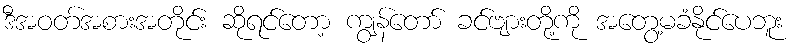
ဒီအဝတ်အစားအတိုင်း ဆိုရင်တော့ ကျွန်တော် ခင်ဗျားတို့ကို အတွေ့မခံနိုင်ပေဘူး